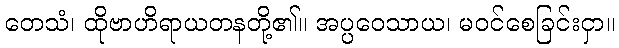
တေသံ၊ ထိုဗာဟိရာယတနတို့၏။ အပ္ပဝေသာယ၊ မဝင်စေခြင်းငှာ။